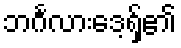
ဘင်္ဂလားဒေ့ရှ်၏